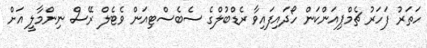
ހަތަރު ފަހަރު ޗެމްޕިއަންކަން ހޯދައިފައިވާ ރެޑްބުލްގެ ސެބެސްޓިއަން ވެޓެލް ރޭސް ނިންމާލީ އަށް